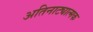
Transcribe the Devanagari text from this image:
अतिनाट्यात्मक